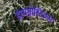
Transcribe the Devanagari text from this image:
डायग्नोस्टिक्स